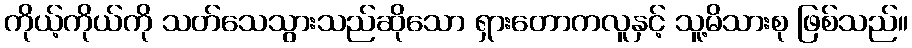
ကိုယ့်ကိုယ်ကို သတ်သေသွားသည်ဆိုသော ရှားတောကလူနှင့် သူ့မိသားစု ဖြစ်သည်။